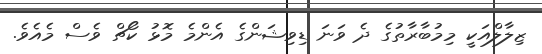
ޒިލާލްއަކީ މިމުބާރާތުގެ ދެ ވަނަ ޑިވިޝަންގެ އެންމެ މޮޅު ކޯޗް ވެސް މެއެވެ.